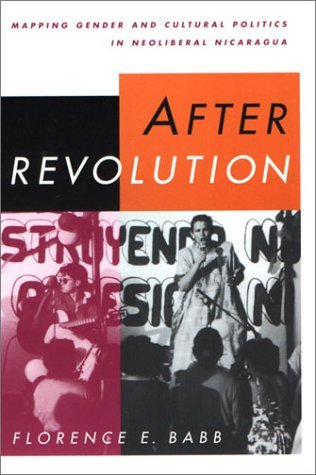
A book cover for After Revolution: Mapping Gender and Cultural Politics in Neoliberal Nicaragua: 1st (First) Edition; Florence E. Babb; Travel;